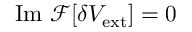
\mathrm { I m } ~ \mathcal { F } [ \delta V _ { \mathrm { e x t } } ] = 0